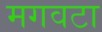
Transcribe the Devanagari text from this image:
मगवटा